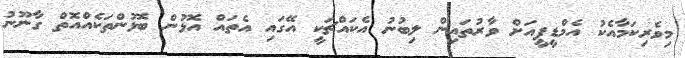
މިވެރިކަމާއެކު އެމްޑީޕީއަށް ވާރުތައިން ލިބުނު އެކައްޗަކީ އޭގައި އެތައް އޮޅުން ބޮޅުންތަކެއްއޮތް ގާނޫނު